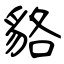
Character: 貉